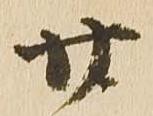
廿